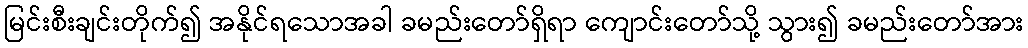
မြင်းစီးချင်းတိုက်၍ အနိုင်ရသောအခါ ခမည်းတော်ရှိရာ ကျောင်းတော်သို့ သွား၍ ခမည်းတော်အား